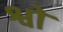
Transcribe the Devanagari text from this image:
श्वो